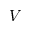
V